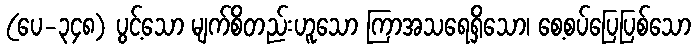
(ပေ-၃၄၈) ပွင့်သော မျက်စိတည်းဟူသော ကြာအသရေရှိသော၊ စေ့စပ်ပြေပြစ်သော